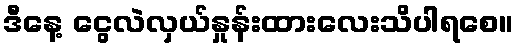
ဒီနေ့ ငွေလဲလှယ်နှုန်းထားလေးသိပါရစေ။